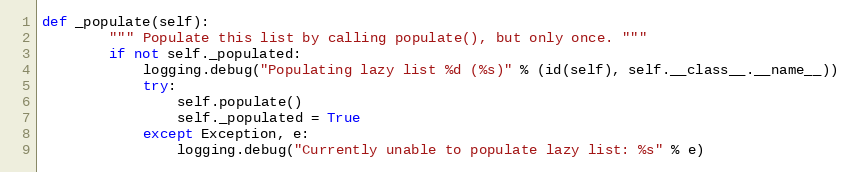
Language: Python
def _populate(self):
        """ Populate this list by calling populate(), but only once. """
        if not self._populated:
            logging.debug("Populating lazy list %d (%s)" % (id(self), self.__class__.__name__))
            try:
                self.populate()
                self._populated = True
            except Exception, e:
                logging.debug("Currently unable to populate lazy list: %s" % e)